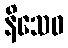
နိသေဓ